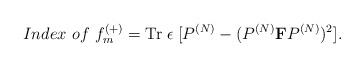
LaTeX: \begin{align*}~Index ~of ~f^{(+)}_m = {\rm Tr}\; \epsilon \;[P^{(N)} - (P^{(N)}{\bf F}P^{(N)})^2]. \end{align*}